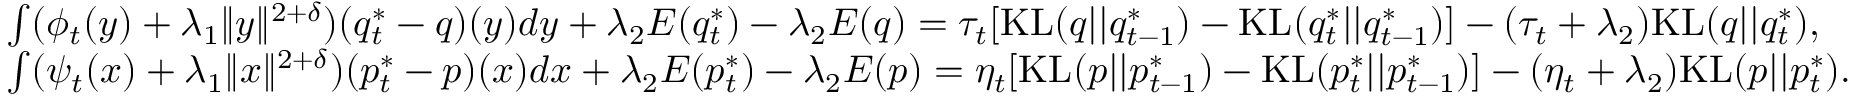
\begin{array} { r l } & { \int ( \phi _ { t } ( y ) + \lambda _ { 1 } \| y \| ^ { 2 + \delta } ) ( q _ { t } ^ { * } - q ) ( y ) d y + \lambda _ { 2 } { \cal E } ( q _ { t } ^ { * } ) - \lambda _ { 2 } { \cal E } ( q ) = \tau _ { t } [ \mathrm { K L } ( q | | q _ { t - 1 } ^ { * } ) - \mathrm { K L } ( q _ { t } ^ { * } | | q _ { t - 1 } ^ { * } ) ] - ( \tau _ { t } + \lambda _ { 2 } ) \mathrm { K L } ( q | | q _ { t } ^ { * } ) , } \\ & { \int ( \psi _ { t } ( x ) + \lambda _ { 1 } \| x \| ^ { 2 + \delta } ) ( p _ { t } ^ { * } - p ) ( x ) d x + \lambda _ { 2 } { \cal E } ( p _ { t } ^ { * } ) - \lambda _ { 2 } { \cal E } ( p ) = \eta _ { t } [ \mathrm { K L } ( p | | p _ { t - 1 } ^ { * } ) - \mathrm { K L } ( p _ { t } ^ { * } | | p _ { t - 1 } ^ { * } ) ] - ( \eta _ { t } + \lambda _ { 2 } ) \mathrm { K L } ( p | | p _ { t } ^ { * } ) . } \end{array}